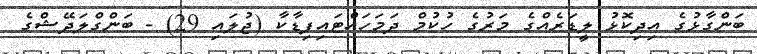
ބަންގާޅުގެ އިދިކޮޅު ލީޑަރެއްގެ މަރުގެ ހުކުމް ދަމަހައްޓައިފިޑާކާ (ޖުލައި 29) - ބަންގްލަދޭޝްގެ